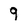
Character: 9